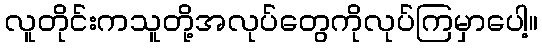
လူတိုင်းကသူတို့အလုပ်တွေကိုလုပ်ကြမှာပေါ့။